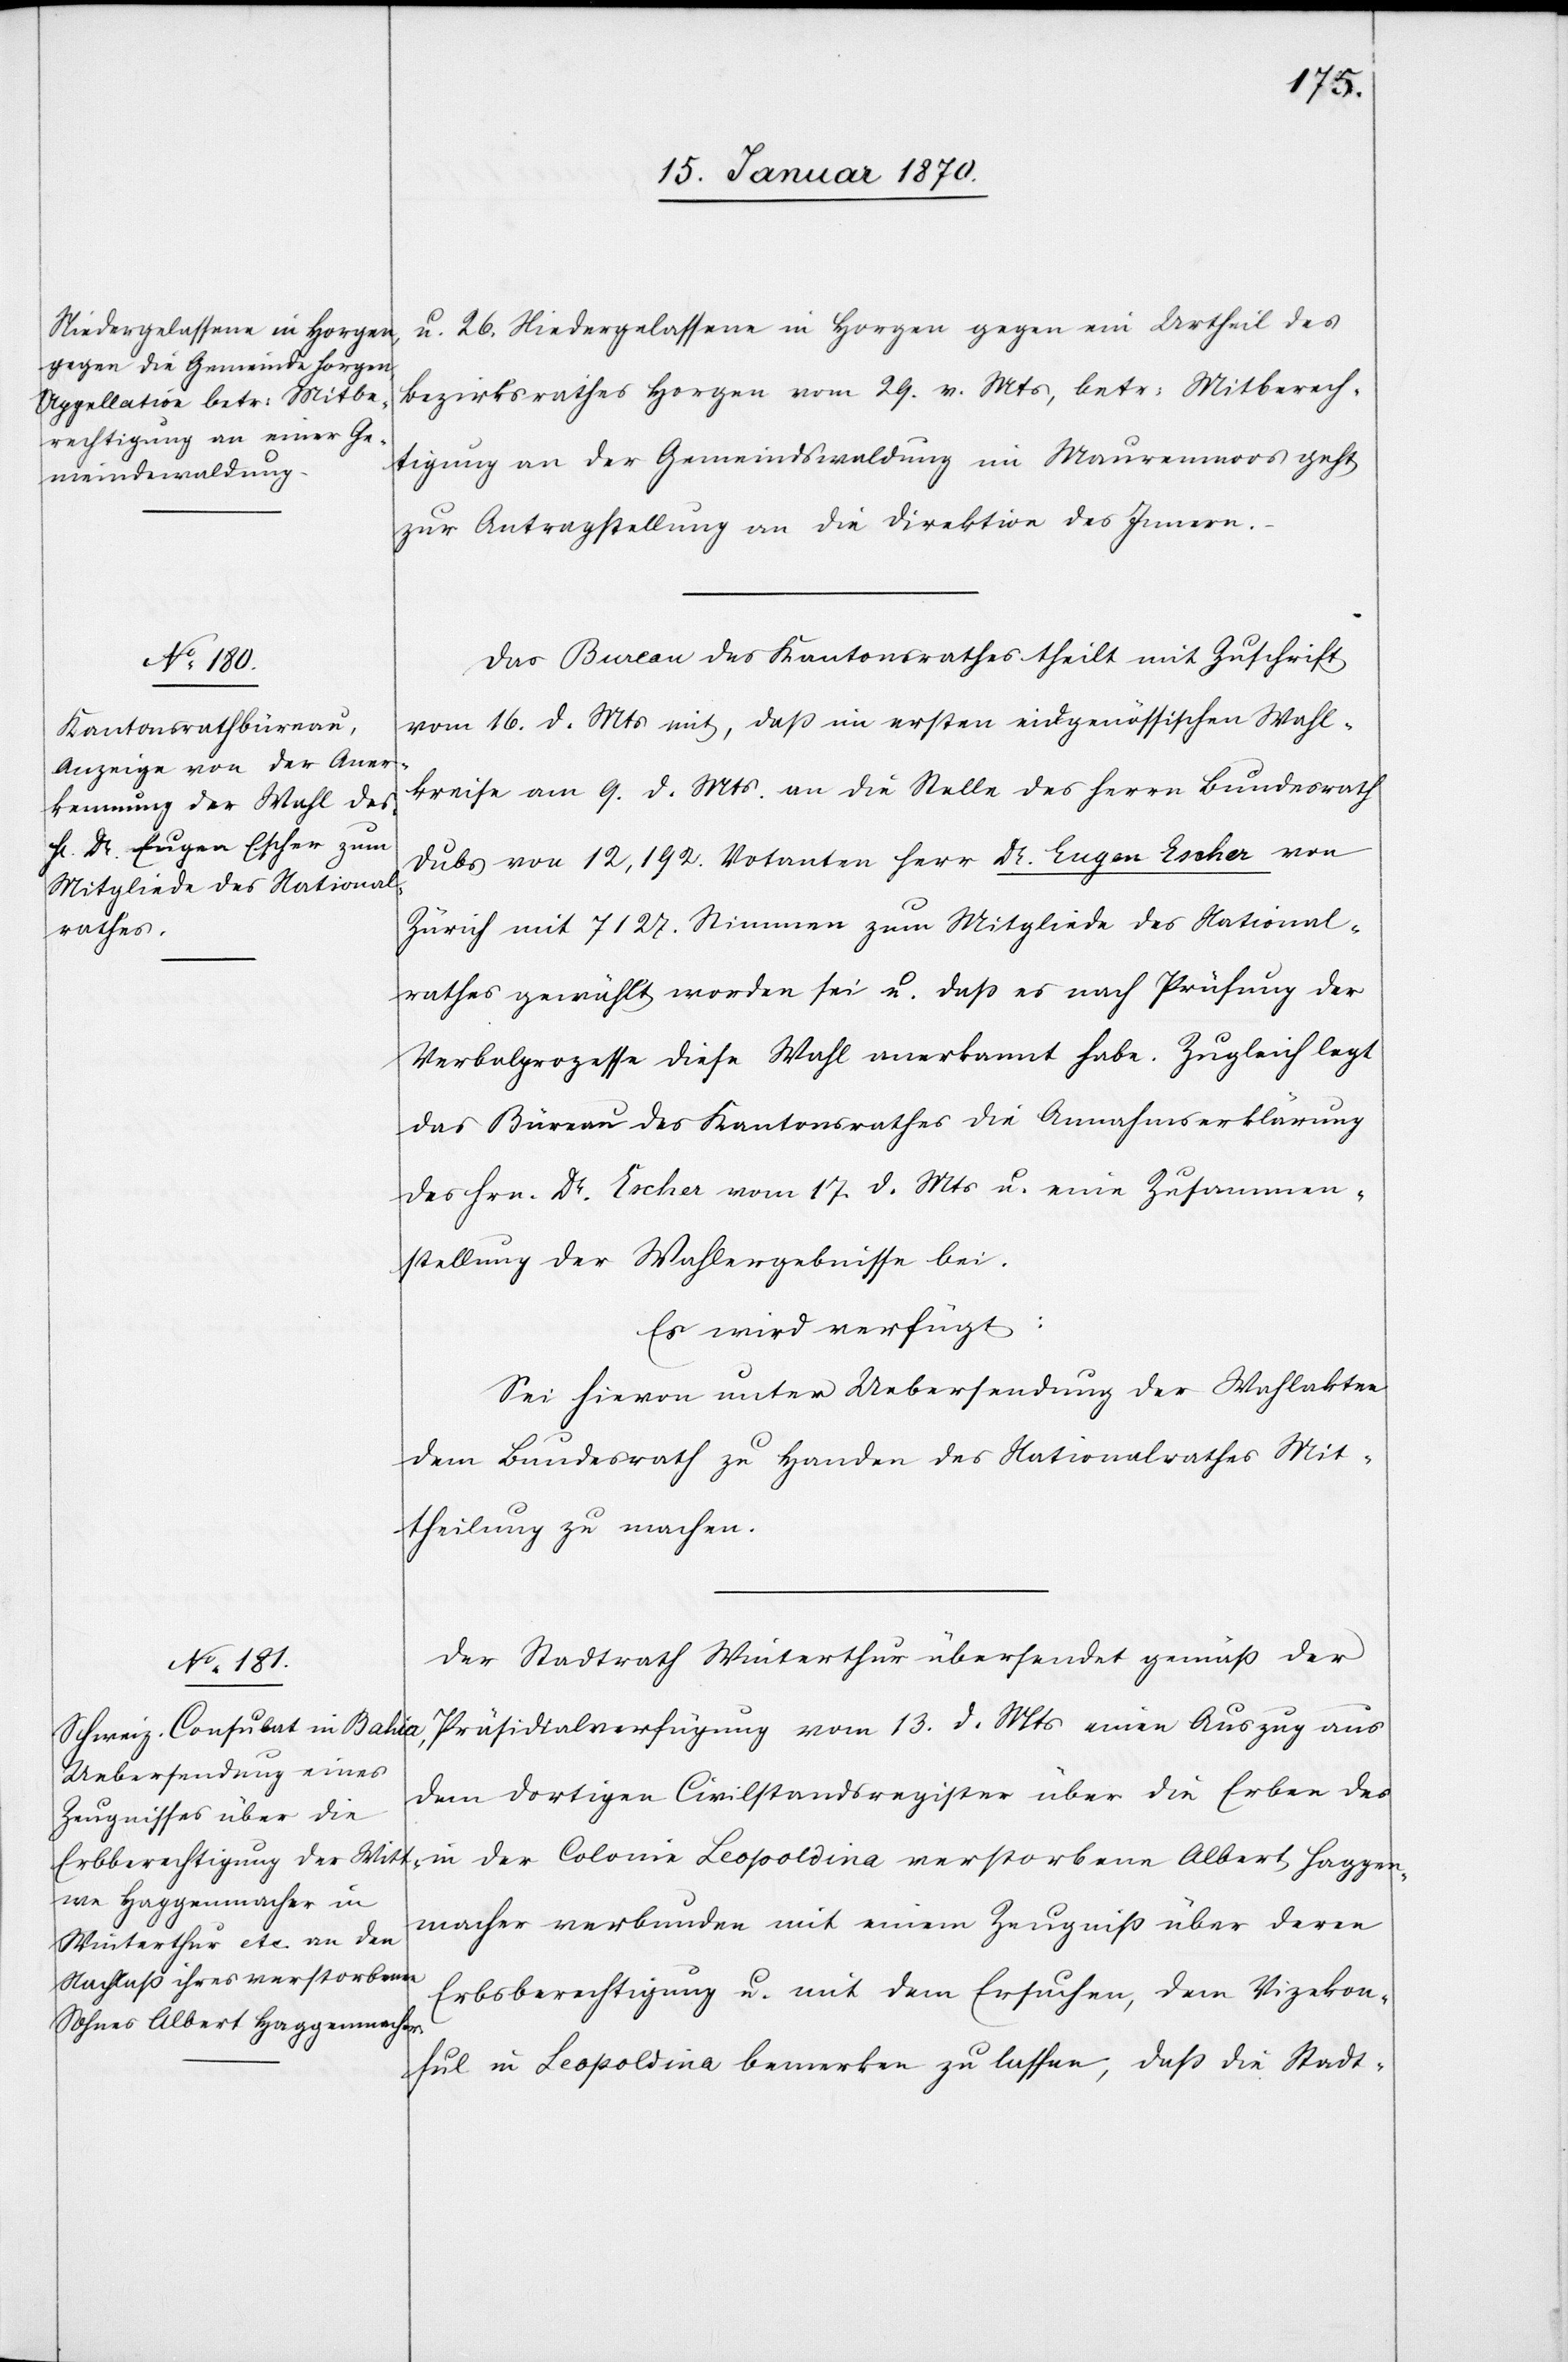
17. Januar 1870.]
u. 26. Niedergelassene in Horgen gegen ein Urtheil des
Bezirksrathes Horgen vom 29. v. Mts, betr: Mitberech¬
tigung an der Gemeindswaldung im Maurenmoos geht
zur Antragstellung an die Direktion des Innern.
Das Bureau des Kantonsrathes theilt mit Zuschrift
vom 16. d. Mts mit, daß im ersten eidgenössischen Wahl¬
kreise am 9. d. Mts. an die Stelle des Herrn Bundesrath
Dubs von 12,192. Votanten Herr Dr. Eugen Escher von
Zürich mit 7127. Stimmen zum Mitgliede des National¬
rathes gewählt worden sei u. daß es nach Prüfung der
Verbalprozesse diese Wahl anerkannt habe. Zugleich legt
das Büreau des Kantonsrathes die Annahmserklärung
des Hrn. Dr. Escher vom 17. d. Mts u. eine Zusammen¬
stellung der Wahlergebnisse bei.
Es wird verfügt:
Sei hievon unter Uebersendung der Wahlakten
dem Bundesrath zu Handen des Nationalrathes Mit¬
theilung zu machen.
Der Stadtrath Winterthur übersendet gemäß der
Präsidialverfügung vom 13. d. Mts einen Auszug aus
dem dortigen Civilstandsregister über die Erben des
in der Colonie Leopoldina verstorben[e]n Albert Haggen¬
macher verbunden mit einem Zeugniß über deren
Erbsberechtigung u. mit dem Ersuchen, dem Vizekon¬
sul in Leopoldina bemerken zu lassen, daß die Stadt-